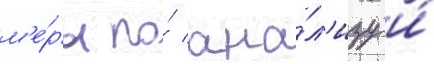
м'е́ры по́ ана́л'изу и́